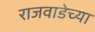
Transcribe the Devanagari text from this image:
राजवाडेच्या